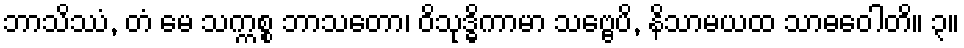
ဘာသိဿံ, တံ မေ သက္ကစ္စ ဘာသတော၊ ဝိသုဒ္ဓိကာမာ သဗ္ဗေပိ, နိသာမယထ သာဓဝေါတိ။ ၃။